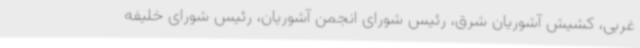
غربی، کشیش آشوریان شرق، رئیس شورای انجمن آشوریان، رئیس شورای خلیفه